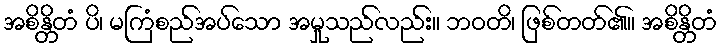
အစိန္တိတံ ပိ၊ မကြံစည်အပ်သော အမှုသည်လည်း။ ဘဝတိ၊ ဖြစ်တတ်၏။ အစိန္တိတံ